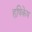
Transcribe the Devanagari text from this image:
हृषिकेष